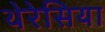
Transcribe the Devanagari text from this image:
थेरेसिया